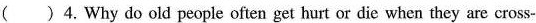
( ) 4. Why do old people often get hurt or die when they are cross-